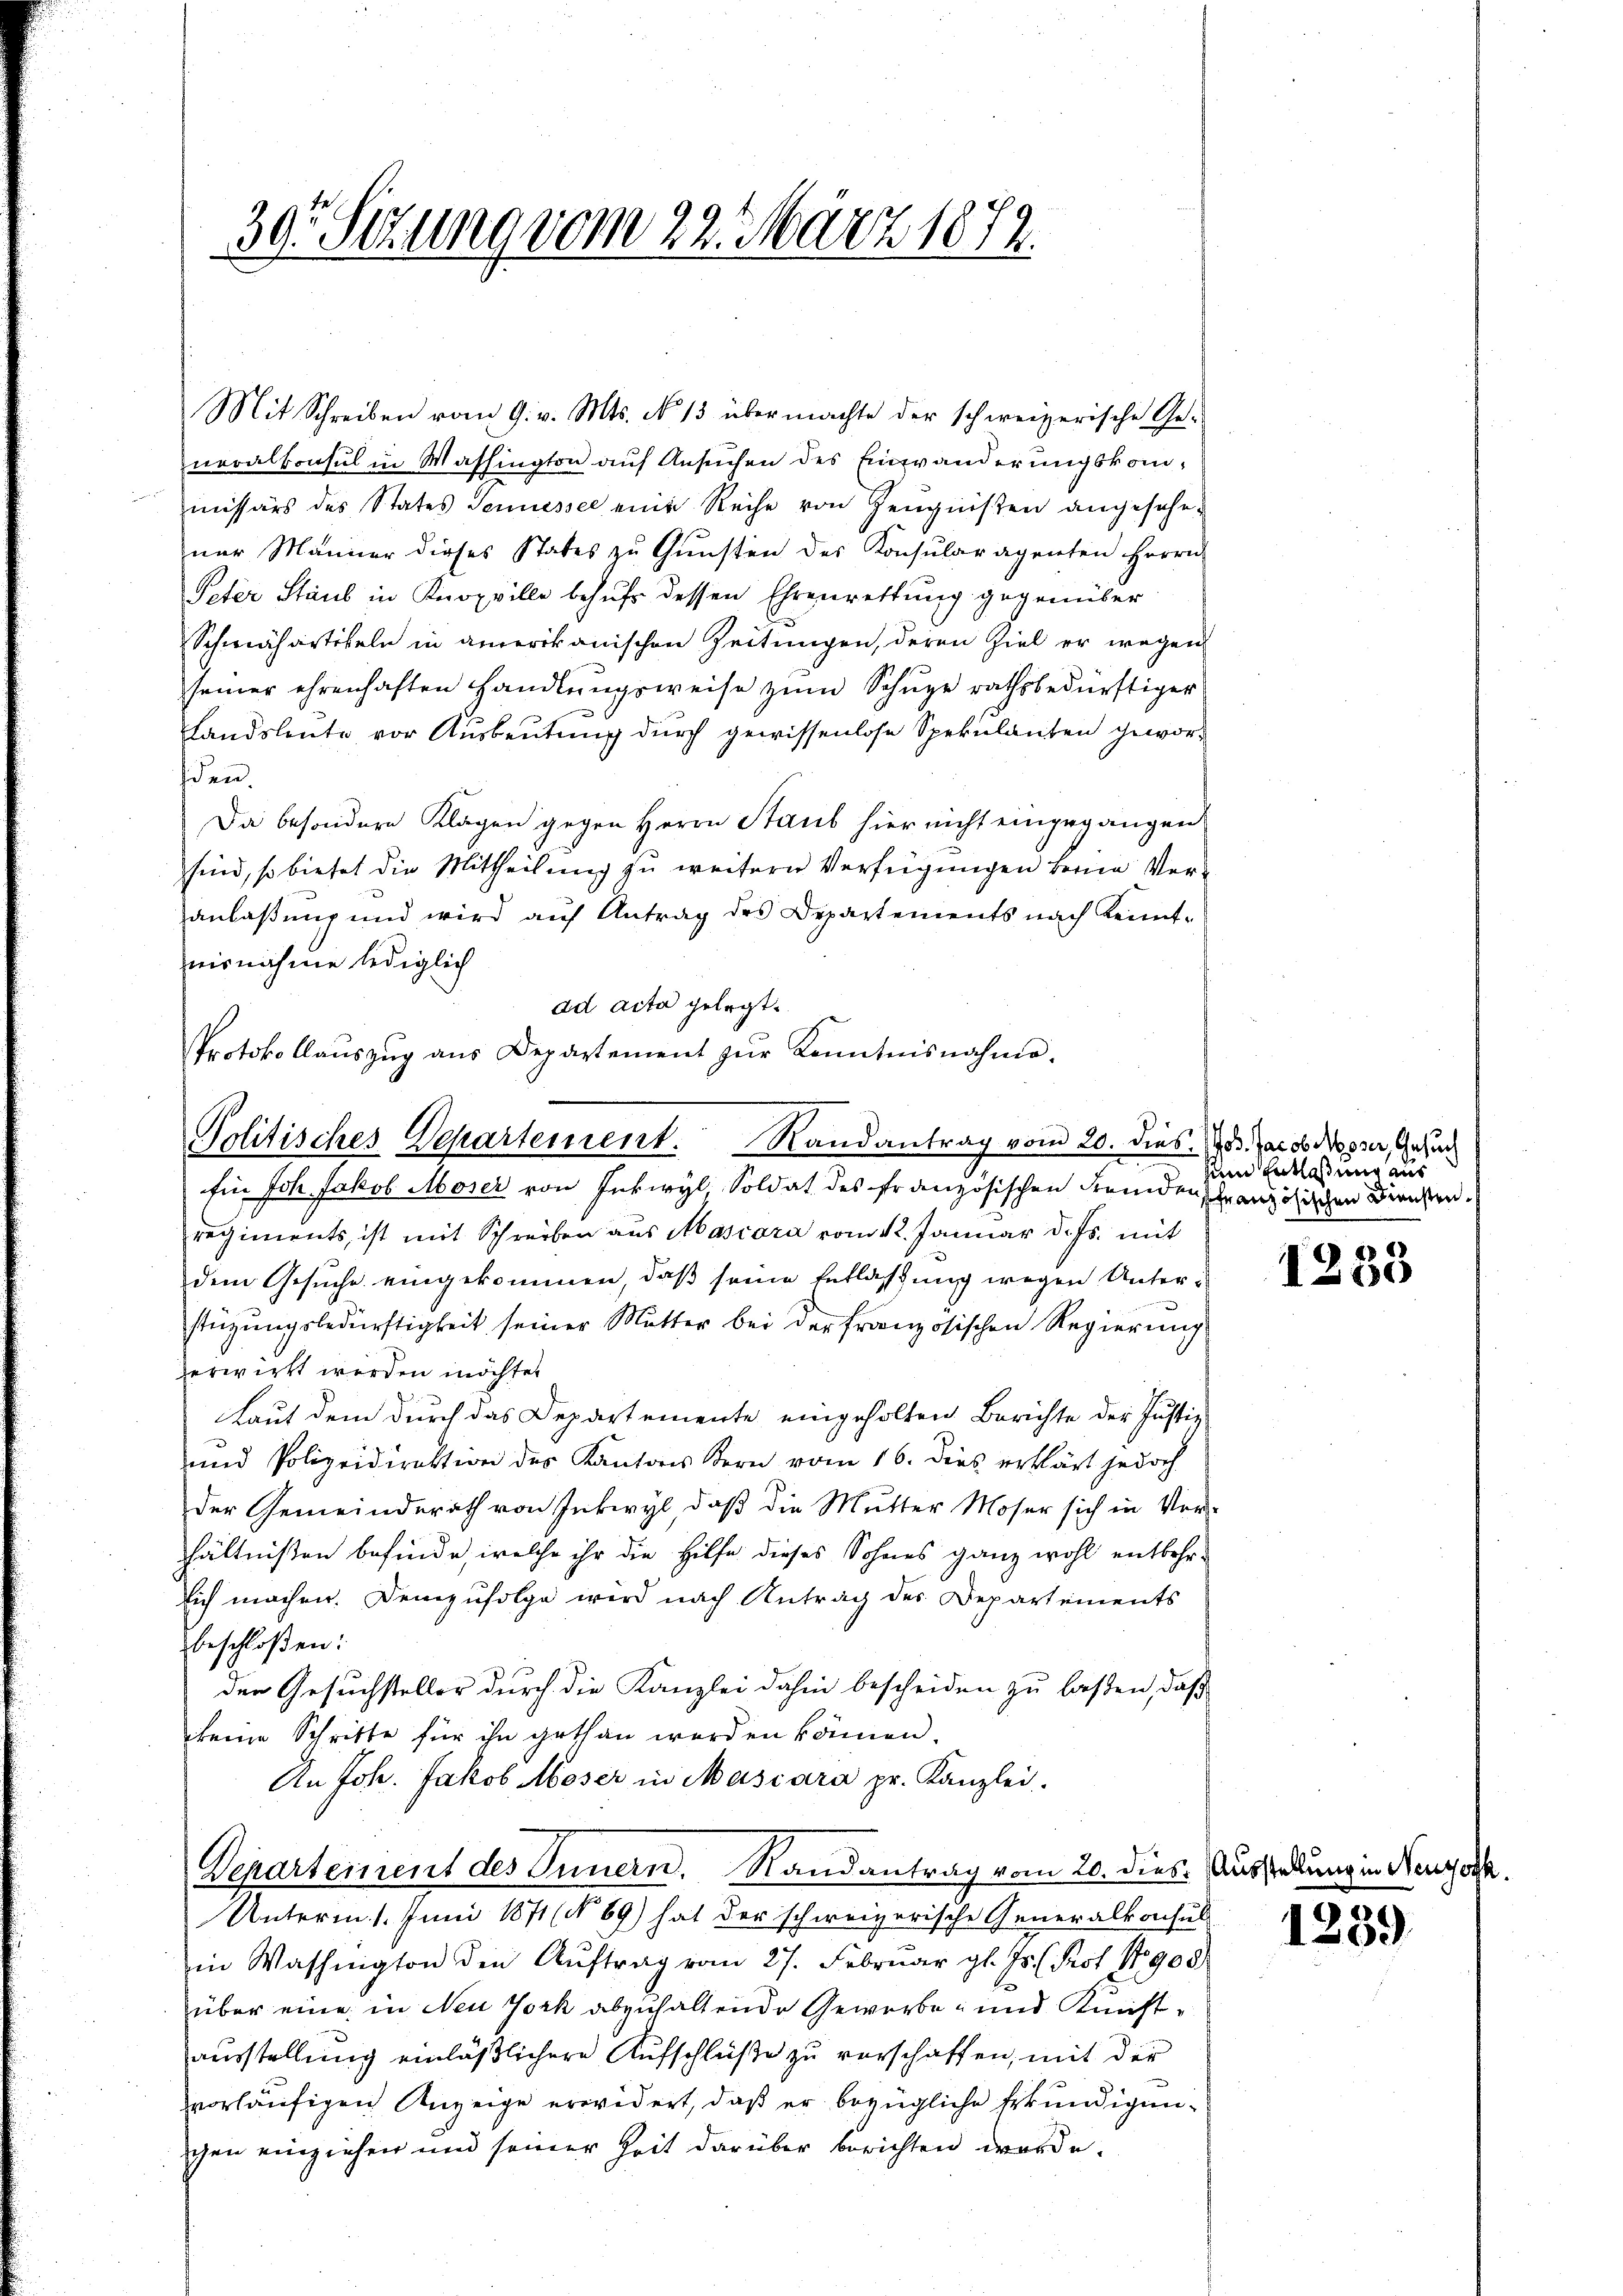
39. Sizung vom 22. März 1872.

Mit Schreiben vom 9. v. Mts. No 13 übermachte der schweizerische Ge-
neralkonsul in Washington auf Ansuchen des Einwänderungskommissärs des States Seniessel eine Reihe von Zeugnißen angesehener Männer dieses States zu Gunsten des Konsularagenten Herrn
Peter Staub in Knopville behufs dessen Ehrenrettung gegenüber
Schmähartikeln in amerikanischen Zeitungen, deren Ziel er wegen
seiner ehrenhaften Handlŭngsweise zŭm Schŭpe rathsbedürftiger
Landsleute vor Ausbeutung durch gewissenlose Spekulanten geworden.
Da besondere Klagen gegen Herrn Staub hier nicht eingegangen
sind, so bietet die Mittheilung zu weitern Verfügungen beine Veranlaßung und wird aŭf Antrag des Departements nach Kennt-
nisnahme lediglich
ad acta gelegt.
Protokollaŭszŭg aŭs Departement zŭr Kenntnisnahme.

Politisches Departement. Randantrag vom 20. dies. Jos. Jacob desser, Gesuc

Ein Joh. Jakob Moser von Inkwyl Soldat des französischen Fremden schranzösischen Diensten.
regiments, ist mit Schreiben aus Mascara vom 12. Januar d. Js. mit
dem Gesuche eingekommen, daß seine Entlaßung wegen Unterstüzungsbedürftigkeit seiner Mutter bei der französischen Regierung
verwirkt worden möchte.
Laut dem durch das Departemente eingeholten Berichte der Justiz-
und Polizeidirektion des Kantons Bern vom 16. dies erklärt jedoch
der Gemeinderath von Inkwyl, daß die Mutter Moser sich in Ver-
hältnißen befinde, welche ihr die Hilfe dieses Sohnes ganz wohl entbehrsich machen. Demzufolge wird nach Antrag des Departements
beschloßen:
der Gesuchsteller durch die Kanzlei dahin bescheiden zu laßen, daß
keine Schritte für ihn gethan worden können.
An Joh. Jakob Moser in Mascara pr. Kanzlei.
Departement des Innern. Randantrag vom 20. dies. Ausser
Unterm 1. Juni 1871 (N 69) hat der schweizerische Generalkonsus
in Washington den Aŭftrag vom 27. Februar gl. Js. (Prof. No 908
über eine in Neu Jork abzuhaltende Gewerbe- und Kunstausstellung einläßlichere Aufschlüße zu verschaffen, mit der
vorläufigen Anzeige erwidert, daß er bezügliche Erkundigungen einziehen und seiner Zeit darüber berichten werde.

zum Entlaßung aus

1233

1239